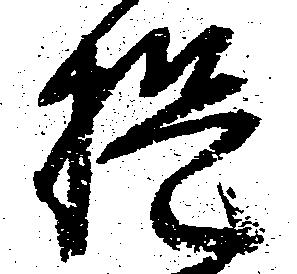
提